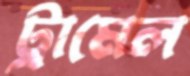
ট্রামেল